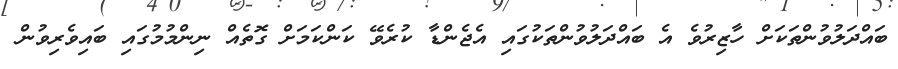
ބައްދަލުވުންތަކަށް ހާޒިރުވެ އެ ބައްދަލުވުންތަކުގައި އެޖެންޑާ ކުރެވޭ ކަންކަމަށް ގޮތެއް ނިންމުމުގައި ބައިވެރިވުން